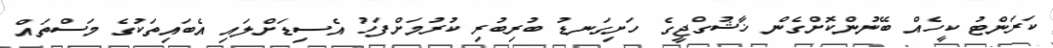
ކަރަންޓު ކީހެއް ބޭނުންކޮށްގެން ޚާޝުގްޖީގެ ހަށިގަނޑު ބުރިބުރި ކުރުމަށްފަހު އެސިޑަށްލައި އެބައިތަކުގެ މަސްތައް